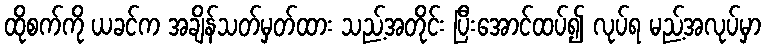
ထိုစက်ကို ယခင်က အချိန်သတ်မှတ်ထား သည့်အတိုင်း ပြီးအောင်ထပ်၍ လုပ်ရ မည့်အလုပ်မှာ